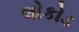
લોકોડ